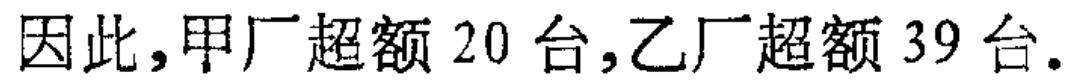
因此，甲厂超额 20 台,乙厂超额 39 台.